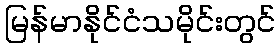
မြန်မာနိုင်ငံသမိုင်းတွင်